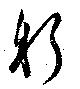
躬